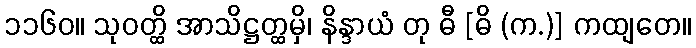
၁၁၆၀။ သုဝတ္ထိ အာသိဋ္ဌတ္ထမှိ၊ နိန္ဒာယံ တု ဓီ [ဓိ (က.)] ကထျတေ။